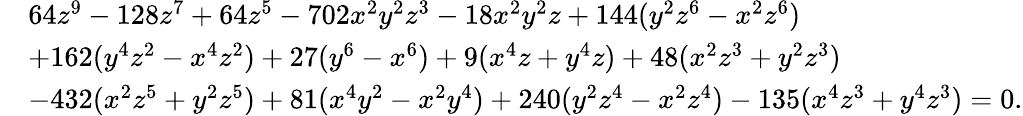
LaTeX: {\begin{array}{rl}&{64z^{9}-128z^{7}+64z^{5}-702x^{2}y^{2}z^{3}-18x^{2}y^{2}z+144(y^{2}z^{6}-x^{2}z^{6})}\\ &{+162(y^{4}z^{2}-x^{4}z^{2})+27(y^{6}-x^{6})+9(x^{4}z+y^{4}z)+48(x^{2}z^{3}+y^{2}z^{3})}\\ &{-432(x^{2}z^{5}+y^{2}z^{5})+81(x^{4}y^{2}-x^{2}y^{4})+240(y^{2}z^{4}-x^{2}z^{4})-135(x^{4}z^{3}+y^{4}z^{3})=0.}\end{array}}